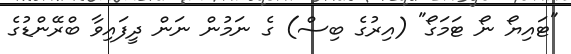
"ޓައިޔޯ ނޯ ޓަމަގޯ" (އިރުގެ ބިސް) ގެ ނަމުން ނަން ދީފައިވާ ބްރޭންޑުގެ